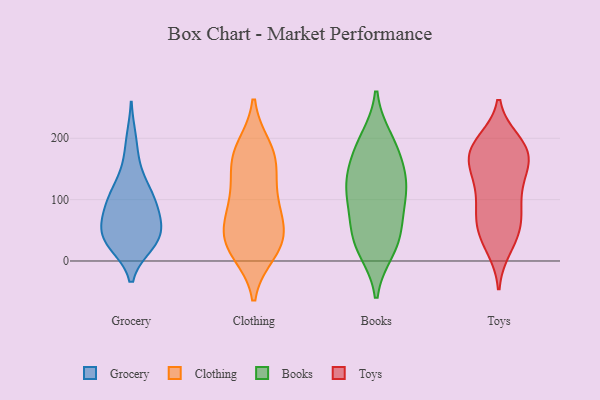
{"axis": {"x": "Bounce Rate (%)", "y": "Value"}, "legend": ["Books", "Clothing", "Grocery", "Toys"], "data": [{"x": "", "y": 67, "type": "Grocery"}, {"x": "", "y": 96, "type": "Grocery"}, {"x": "", "y": 29, "type": "Grocery"}, {"x": "", "y": 28, "type": "Grocery"}, {"x": "", "y": 82, "type": "Grocery"}, {"x": "", "y": 113, "type": "Grocery"}, {"x": "", "y": 30, "type": "Grocery"}, {"x": "", "y": 155, "type": "Grocery"}, {"x": "", "y": 45, "type": "Grocery"}, {"x": "", "y": 39, "type": "Grocery"}, {"x": "", "y": 101, "type": "Grocery"}, {"x": "", "y": 43, "type": "Grocery"}, {"x": "", "y": 117, "type": "Grocery"}, {"x": "", "y": 68, "type": "Grocery"}, {"x": "", "y": 198, "type": "Grocery"}, {"x": "", "y": 158, "type": "Clothing"}, {"x": "", "y": 173, "type": "Clothing"}, {"x": "", "y": 28, "type": "Clothing"}, {"x": "", "y": 100, "type": "Clothing"}, {"x": "", "y": 95, "type": "Clothing"}, {"x": "", "y": 43, "type": "Clothing"}, {"x": "", "y": 81, "type": "Clothing"}, {"x": "", "y": 38, "type": "Clothing"}, {"x": "", "y": 158, "type": "Clothing"}, {"x": "", "y": 183, "type": "Clothing"}, {"x": "", "y": 31, "type": "Clothing"}, {"x": "", "y": 16, "type": "Clothing"}, {"x": "", "y": 124, "type": "Books"}, {"x": "", "y": 139, "type": "Books"}, {"x": "", "y": 56, "type": "Books"}, {"x": "", "y": 39, "type": "Books"}, {"x": "", "y": 170, "type": "Books"}, {"x": "", "y": 187, "type": "Books"}, {"x": "", "y": 19, "type": "Books"}, {"x": "", "y": 89, "type": "Books"}, {"x": "", "y": 28, "type": "Books"}, {"x": "", "y": 118, "type": "Books"}, {"x": "", "y": 112, "type": "Books"}, {"x": "", "y": 197, "type": "Books"}, {"x": "", "y": 85, "type": "Toys"}, {"x": "", "y": 156, "type": "Toys"}, {"x": "", "y": 56, "type": "Toys"}, {"x": "", "y": 123, "type": "Toys"}, {"x": "", "y": 115, "type": "Toys"}, {"x": "", "y": 22, "type": "Toys"}, {"x": "", "y": 154, "type": "Toys"}, {"x": "", "y": 194, "type": "Toys"}, {"x": "", "y": 163, "type": "Toys"}, {"x": "", "y": 185, "type": "Toys"}, {"x": "", "y": 45, "type": "Toys"}, {"x": "", "y": 185, "type": "Toys"}, {"x": "", "y": 171, "type": "Toys"}, {"x": "", "y": 137, "type": "Toys"}, {"x": "", "y": 183, "type": "Toys"}, {"x": "", "y": 92, "type": "Toys"}, {"x": "", "y": 62, "type": "Toys"}, {"x": "", "y": 29, "type": "Toys"}, {"x": "", "y": 71, "type": "Toys"}, {"x": "", "y": 190, "type": "Toys"}]}